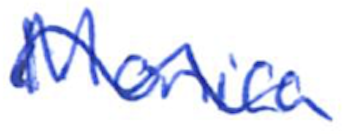
Text: Monica
Cross-out: wave
Writing tool: ballpoint